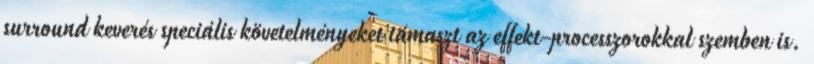
surround keverés speciális követelményeket támaszt az effekt-processzorokkal szemben is.